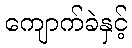
ကျောက်ခဲနှင့်